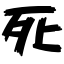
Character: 死